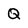
Character: Q